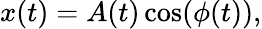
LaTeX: x(t)=A(t)\cos(\phi(t)),